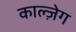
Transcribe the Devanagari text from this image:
काल्ज़ेग